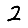
Digit: 2